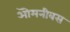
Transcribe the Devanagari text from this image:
ऒमनीबस